Report on sanitation, dispensaries, and jails in Rajputana for 1910, and on vaccination for the year 1910-1911 - 1910-1911
Year: 1910
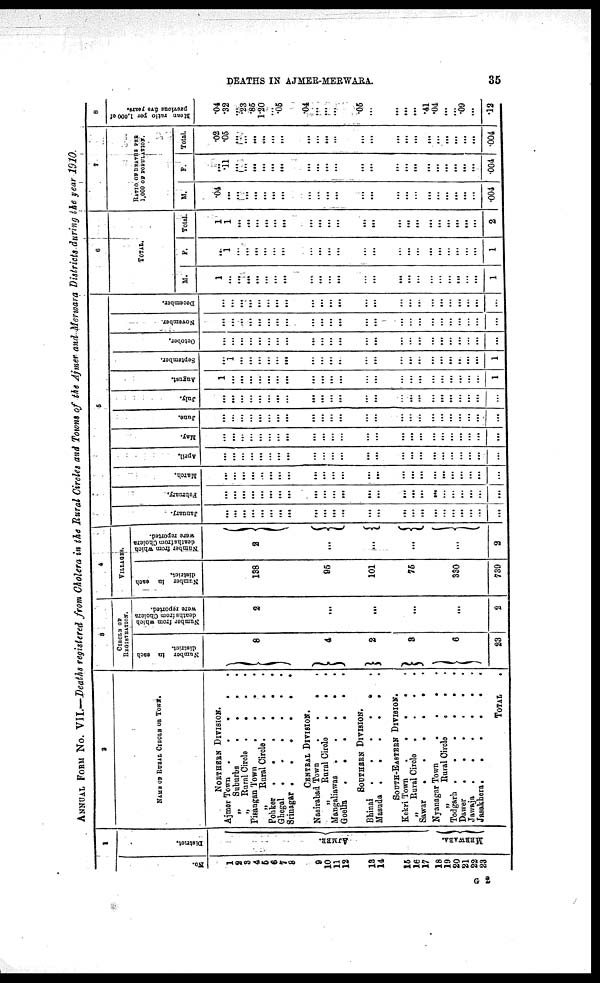
DEATHS IN AJMER-MERWARA.
35
ANNUAL FORM No. VII.—Deaths registered from Cholera in the Rural Circles and Towns of the Ajmer and Merwara Districts during the year 1910.
1
No.
1
2
3
4
5
6
7
8
9
10
11
12
13
14
15
16
17
18
19
20
21
22
23
District.
AJMER.
MERWARA.
2
NAME OF RURAL CIRCLE OR TOWN.
NORTHERN DIVISION
Ajmer Town . . . .
„ Suburbs
.
.
.
„ Rural Circle . . . .
Pisangan Town . . . .
„ Rural Circle . . . .
Pohker . . . . . .
Ghegal . . . . . .
Srinagar .
.
. . .
CENTAL DIVISION.
Nasirabad Town
.
.
.
.
„
Rural Circle
.
.
.
Mangaliawas .
.
.
.
.
Goelia
......
SOUTHERN DIVISION.
Bhinai
......
Masuda .
SOUTH-EASTERN DIVISION.
Kekri Town . . . . .
„ Rural Circle
.
.
.
.
Sawar
.
Nyanagar Town
.
.
.
„
Rural Circle
.
. .
Todgarh
......
Dawer .....
Jawaja
......
Jasakhera.
,
.
.
.
.
TOTAL
.
3
CIRCLE OF
REGISTRATION.
Number in each
district.
8
4
2
3
6
23
Number from which
deaths from Cholera
were reported.
2
...
...
...
...
2
4
VILLAGES.
Number in each
district.
138
95
101
75
330
739
Number from which
deaths from Cholera
were reported.
2
...
...
...
...
2
5
January.
...
...
...
...
...
...
...
. ..
...
...
...
...
...
...
...
...
...
...
...
...
...
...
...
...
February.
...
...
...
...
...
...
...
...
...
...
...
...
...
...
...
...
...
...
...
...
...
...
...
...
March.
...
...
...
...
...
...
...
...
...
...
...
...
...
...
...
...
...
...
...
...
...
...
...
...
April.
...
...
...
...
...
...
...
...
...
...
...
...
...
...
...
...
...
...
...
...
...
...
...
...
May.
...
...
...
...
...
...
...
...
...
...
...
...
...
...
...
...
...
...
...
...
...
...
...
...
June.
...
...
...
...
...
...
...
...
..
...
...
...
...
...
...
...
...
...
...
...
...
...
...
...
July.
...
...
...
...
...
...
...
...
...
...
...
...
...
...
...
...
...
...
...
...
...
...
...
...
August.
1
...
...
...
...
...
...
...
...
...
...
...
...
...
...
...
...
...
...
...
...
...
...
1
September.
...
1
...
...
...
...
...
...
...
...
...
...
...
...
...
...
...
...
...
...
...
...
...
1
October,
...
...
...
...
...
...
...
...
...
...
...
...
...
...
...
...
...
...
...
...
...
...
...
...
November.
...
...
...
...
...
...
...
...
...
...
...
...
...
...
...
...
...
...
...
...
...
...
...
...
December.
...
...
..
...
...
...
...
...
...
...
...
...
...
...
...
...
...
...
...
...
...
...
...
...
6
TOTAL
M.
1
...
...
...
...
...
...
...
...
...
...
...
...
...
...
...
...
...
...
...
...
...
...
1
F.
...
1
...
...
...
...
...
...
...
...
...
...
...
...
...
...
...
...
...
...
...
...
...
1
Total.
1
1
...
...
...
...
...
...
...
...
...
...
...
...
...
...
...
...
...
...
...
...
...
2
7
RATIO OF DEATHS PER
1,000 OF POPULATION.
M.
.04
...
...
...
...
...
...
...
...
...
...
...
...
...
...
...
...
...
...
...
...
...
...
.004
F.
...
.11
...
...
...
...
...
...
...
...
...
...
...
...
...
...
...
...
...
...
...
...
...
.004
Total.
.02
.05
...
...
...
...
...
...
...
...
...
...
...
...
...
...
...
...
...
...
...
...
...
.004
8
Mean ratio per 1,000 of
previous five years.
.04
.32
...
.23
.85
1.20
...
.05
.04
...
...
...
05
...
...
...
...
.41
.04
...
...
.09
...
.12
G 2